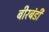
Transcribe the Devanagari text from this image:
बीरबंडी